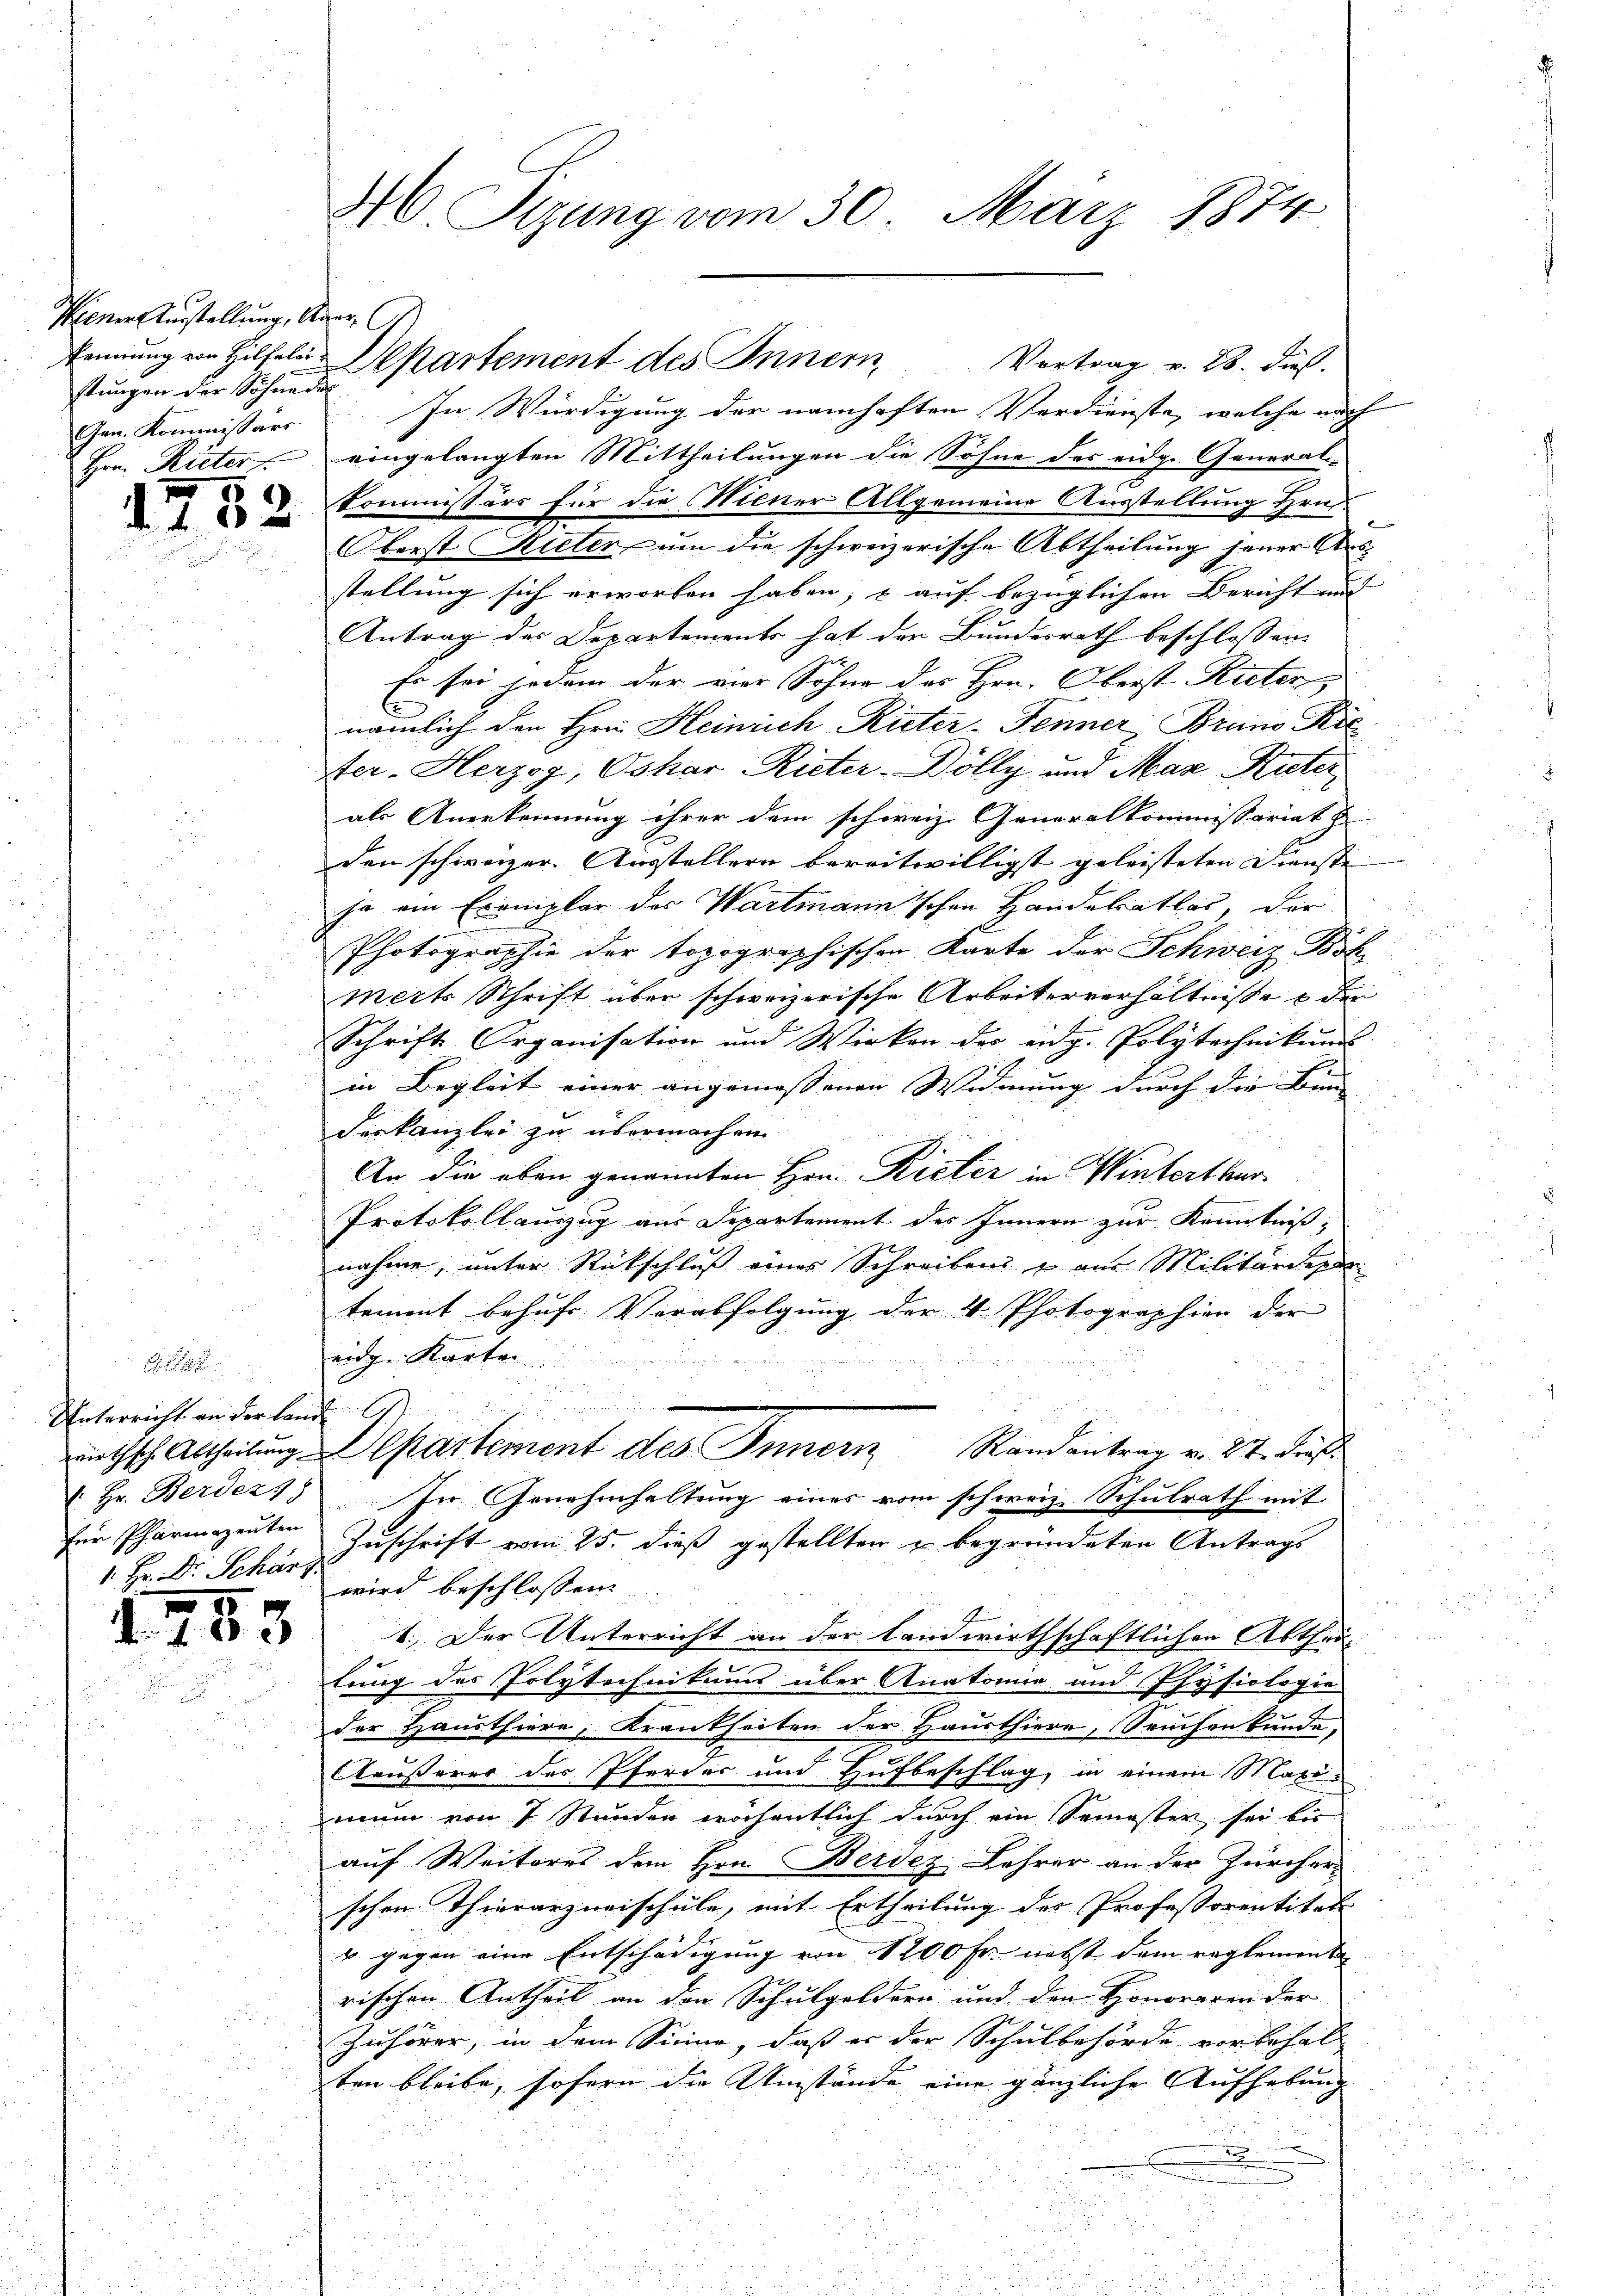
Hiener Ausstellung, Auer G
stungen der Schneidel
Gen. Kommissärs

1

82.

Unterricht an der Land
für Pharmozenten
1. Hr. Dr. Schärf

3

4. Sizung vom 30. März 1874

In Würdigung der namhaften Verdienste, welche nach
Hrn. Rieter eingelangten Mittheilungen die Söhne des eidg. General-
Kommissärs für die Miener Allgemeine Ausstellung Hrn.
2
Oberst Rieter, um die schweizerische Abtheilung jener Aus-
stellung sich erworben haben; & auf bezüglichen Bericht und |
Antrag des Departements hat der Bundesrath beschlossen:
Er sei sodann der vier Sohne des Hrn. Oberst Rieten,
.
nämlich den Hrn. Heinrich Rieter-Fenner, Bruno Ric
Ner-Herzog, Oskar-Rieter-Dölly und Max Ruter
als Anerkennung ihrer dem schweiz. Generalkommissariat z
den schweizer. Ausstellern bereitwilligst geleisteten Dienste
ja ein Exemplar der Wartmann'schen Handesrathes, der
Photographie der topographischen Karte der Schweiz Bök
merts Schrift über schweizerische Arbeiterverhältnisse & den
Schrift Organisation und Wirken der eidg. Polytechnikums
in Begleit einer angemessenen Widmung durch die Bun- |
u

deskanzlei zu übermachen
An die eben genannten Hrn. Rieter in Winterthur
Protokollauszug aus Departement des Innern zur Kenntniß,
nahme, unter Rückschluß eines Schreiben & aus Militärdepar
tommt behufs Verabfolgung der 4 Photographien der
eidg. Karten
d

rutsch Abtheilung partement des Innern Randantrag v. 27. Fuß.
 Hr. Berdez). In Genehmhaltung eines vom schweiz. Schulrath mit
Zuschrift vom 25. dieß gestellten u begründeten Antrags
wird beschlossen:
1.) Der Unterricht an der landwirthschaftlichen Abtheilung der Polytechnikums über Anatomie und Physiologie
der Hausthiere, Krankheiten der Hausthiere, Seuchenkunde,
Ceusserer des Pferder und Hufbeschlag, in einem Maximum von 7 Stunden wöchentlich durch ein Semester sei bis
auf Weiteres dem Hrn. Berez Lehrer an der Zürcher
schen Thierarzneischule, mit Ertheilung des Professorentität
u gegen eine Entschädigung von 1200 Fr. nebst dem reglement
rischen Antheil an den Schulgeldern und den Honoraren der
Zuhörer, in dem Sinne, daß er der Schulbehörde vorbehalt
ten bleibe, sofern die Umstände eine gänzliche Aufhebung

Pennung von Hilfele Departement des Innern Vortrag v. 28. dieß.

u